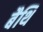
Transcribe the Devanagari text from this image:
बैथि